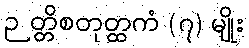
ဉတ္တိစတုတ္ထကံ (၇) မျိုး